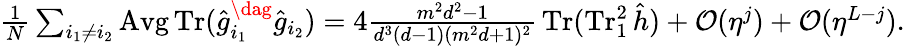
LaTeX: \textstyle\frac{1}{N}\sum_{i_{1}\neq i_{2}}\operatorname{Avg}\operatorname{Tr}(\hat{g}_{i_{1}}^{\dag}\hat{g}_{i_{2}})=4\frac{m^{2}d^{2}-1}{d^{3}(d-1)(m^{2}d+1)^{2}}\, \operatorname{Tr}(\operatorname{Tr}_{1}^{2}\hat{h})+\mathcal{O}(\eta^{j})+\mathcal{O}(\eta^{L-j}).